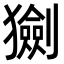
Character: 𤢾